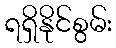
ရရှိနိုင်စွမ်း